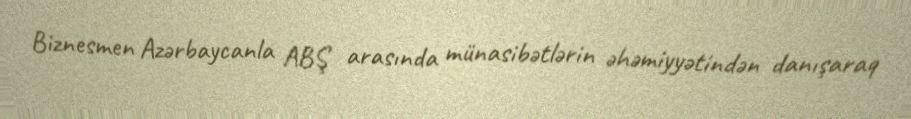
Biznesmen Azərbaycanla ABŞ arasında münasibətlərin əhəmiyyətindən danışaraq